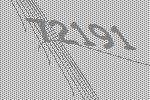
72191